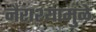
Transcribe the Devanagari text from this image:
नैराश्यामुळे